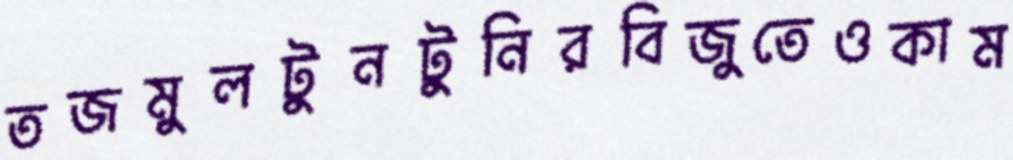
তজমুলটুনটুনিরবিজুতেওকাম